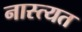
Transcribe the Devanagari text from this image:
नास्त्यत